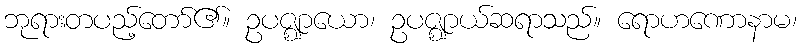
ဘုရားတပည့်တော်၏။ ဥပဇ္ဈာယော၊ ဥပဇ္ဈာယ်ဆရာသည်။ ရောဟဏောနာမ၊